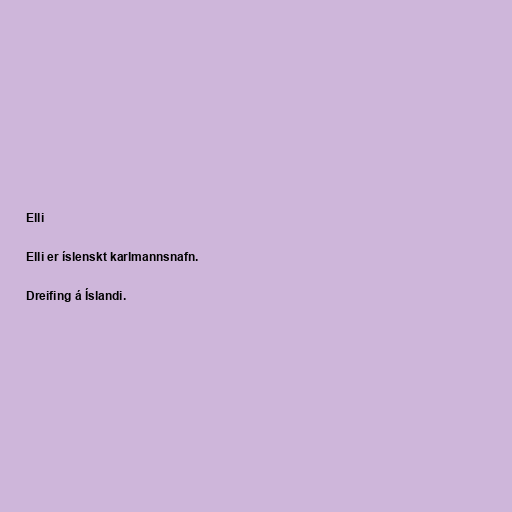
Elli

Elli er íslenskt karlmannsnafn.

Dreifing á Íslandi.